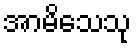
အာမိသေသု